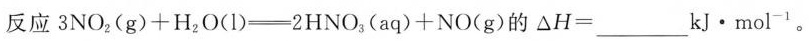
反应 3NO_{2}(g)+H_{2}O(l) \xlongequal[]{} 2HNO_{3}(aq)+NO(g)的 △H=___kJ·mol^{-1} 。